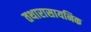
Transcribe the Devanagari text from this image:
तथारासायनिक